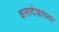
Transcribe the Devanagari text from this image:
धनादेशाच्या